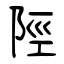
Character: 陘